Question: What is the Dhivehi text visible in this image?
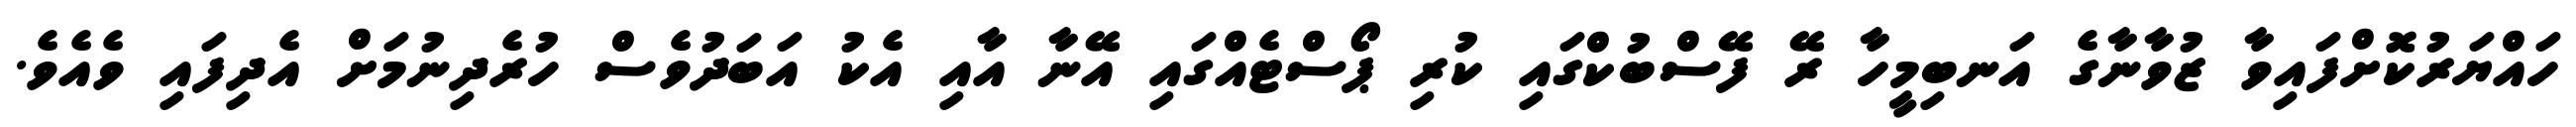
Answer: ހައްޔަރުކޮށްފައިވާ ޒުވާނާގެ އަނބިމީހާ ރޭ ފޭސްބުކްގައި ކުރި ޕޯސްޓެއްގައި އޭނާ އާއި އެކު އަބަދުވެސް ހުރެދިނުމަށް އެދިފައި ވެއެވެ.